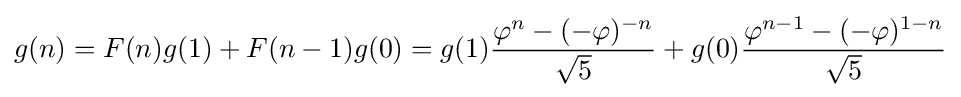
g(n)=F(n)g(1)+F(n-1)g(0)=g(1){\frac {\varphi ^{n}-(-\varphi )^{-n}}{\sqrt {5}}}+g(0){\frac {\varphi ^{n-1}-(-\varphi )^{1-n}}{\sqrt {5}}}